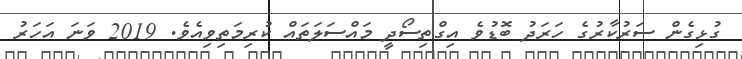
ގުޅިގެން ސަރުކާރުގެ ހަރަދު ބޮޑުވެ އިގްތިސޯދީ މައްސަލަތައް ކުރިމަތިވިއެވެ. 2019 ވަނަ އަހަރު